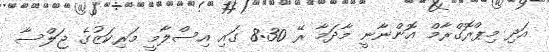
އަދި މިޕްރޮގްރާމް އޮންނާނީ މާދަމާ ރޭ 8:30 ގައި އިސްލާމީ މަރިކަޒުގެ ޖަލްސާ